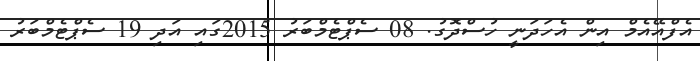
އެފްއޭއެމް އިން އެހަދަނީ ހުސްދޮގު. 08 ސެޕްޓެމްބަރު 2015ގައި އަދި 19 ސެޕްޓެމްބަރު